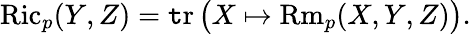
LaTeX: \operatorname{Ric}_{p}(Y,Z)=\operatorname{\mathtt{t}r}{\big(}X\mapsto\operatorname{Rm}_{p}(X,Y,Z){\big)}.